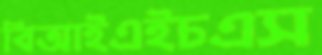
বিআইএইচএস